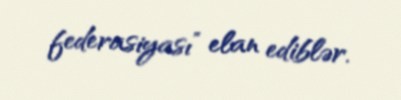
federasiyası” elan ediblər.